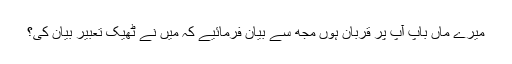
میرے ماں باپ آپ پر قربان ہوں مجھ سے بیان فرمائیے کہ میں نے ٹھیک تعبیر بیان کی؟